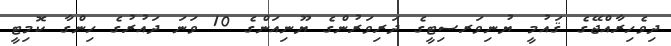
ދިވެހިރާއްޖޭގެ ޤައުމީ ޔުނިވަރސިޓީގެ ދަރިވަރުންގެ ޔޫނިއަންގެ 10 ވަނަ ދައުރުގެ ހިންގާ ކޮމިޓީ